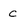
Character: c